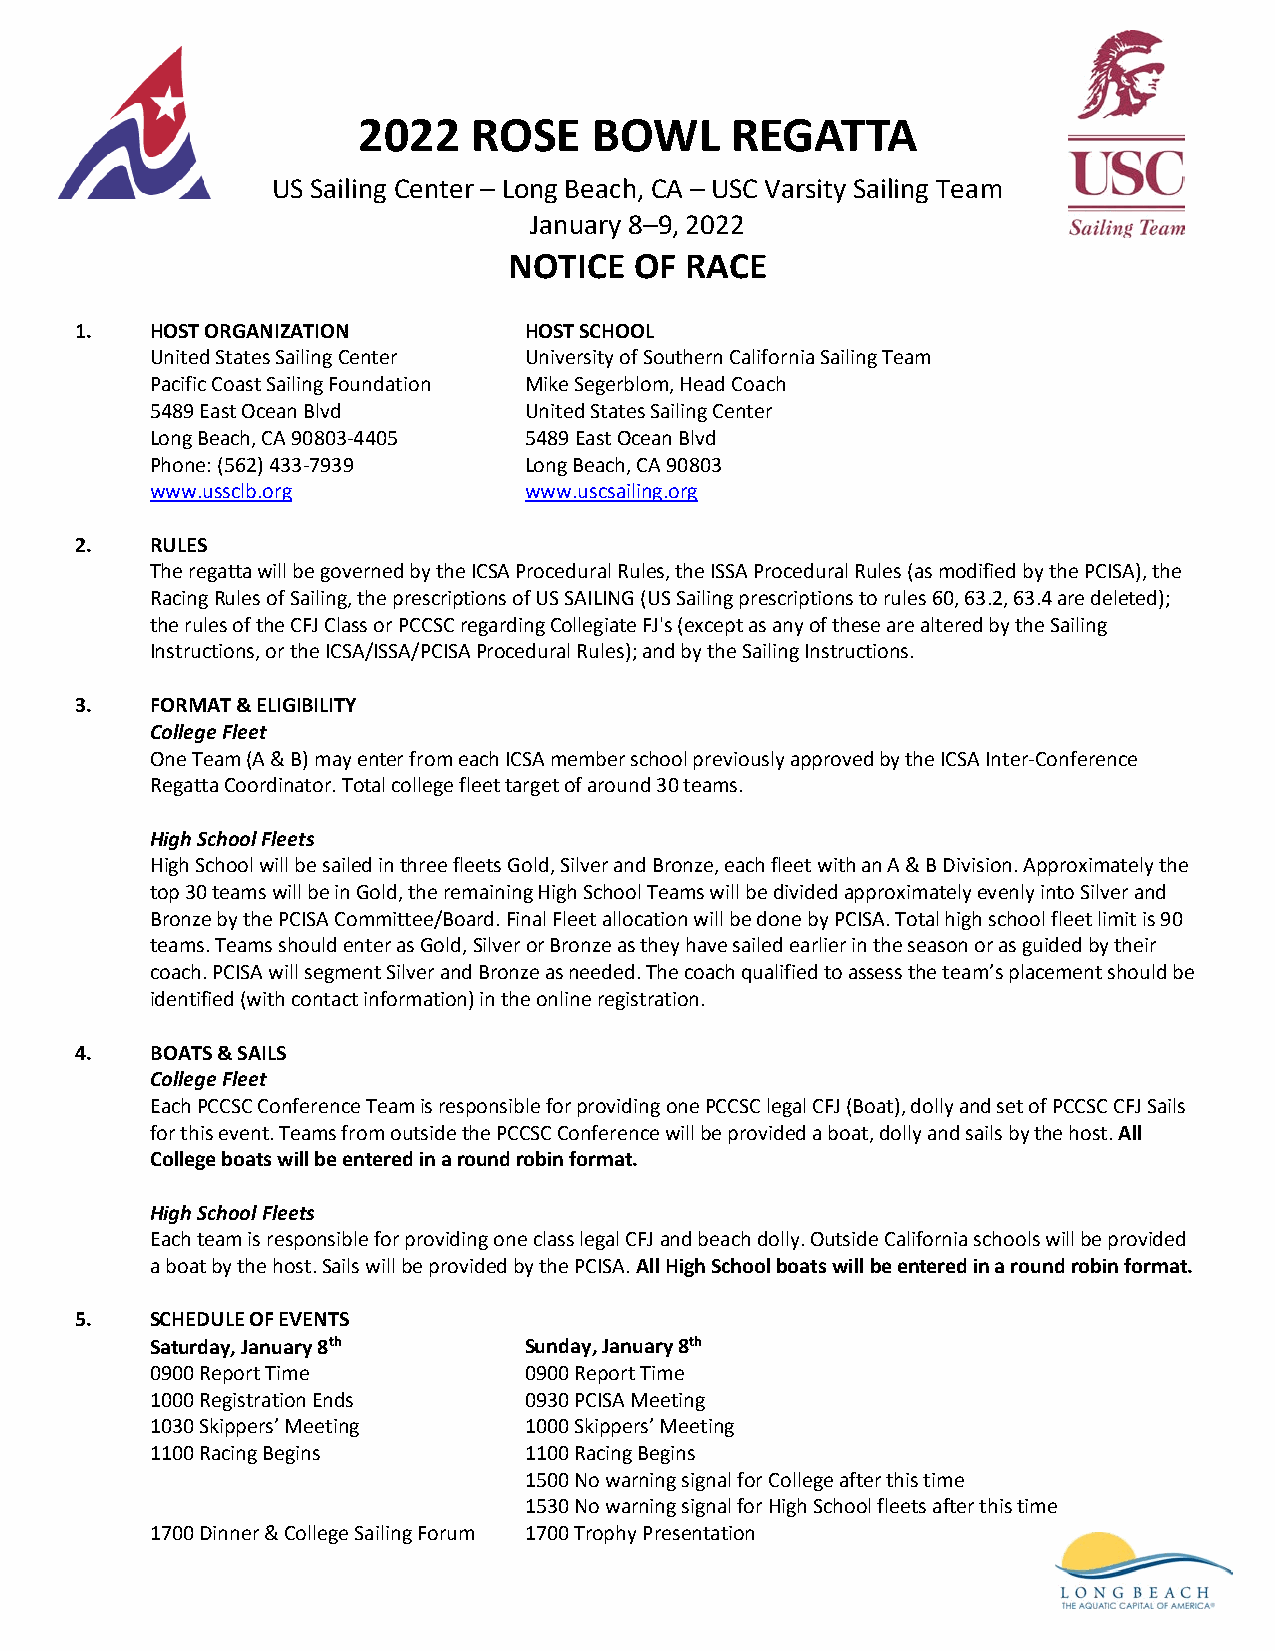
2022   ROSE    BOWL     REGATTA
 US Sailing Center – Long Beach, CA – USC Varsity Sailing Team
 January 8–9, 2022
 NOTICE  OF RACE
 1.   HOST ORGANIZATION        HOST SCHOOL
 United States Sailing Center University of Southern California Sailing Team
 Pacific Coast Sailing Foundation Mike Segerblom, Head Coach
 5489 East Ocean Blvd     United States Sailing Center
 Long Beach, CA 90803-4405 5489 East Ocean Blvd
 Phone: (562) 433-7939    Long Beach, CA 90803
 www.ussclb.org           www.uscsailing.org
 2.   RULES
 The regatta will be governed by the ICSA Procedural Rules, the ISSA Procedural Rules (as modified by the PCISA), the
 Racing Rules of Sailing, the prescriptions of US SAILING (US Sailing prescriptions to rules 60, 63.2, 63.4 are deleted);
 the rules of the CFJ Class or PCCSC regarding Collegiate FJ's (except as any of these are altered by the Sailing
 Instructions, or the ICSA/ISSA/PCISA Procedural Rules); and by the Sailing Instructions.
 3.   FORMAT & ELIGIBILITY
 College Fleet
 One Team (A & B) may enter from each ICSA member school previously approved by the ICSA Inter-Conference
 Regatta Coordinator. Total college fleet target of around 30 teams.
 High School Fleets
 High School will be sailed in three fleets Gold, Silver and Bronze, each fleet with an A & B Division. Approximately the
 top 30 teams will be in Gold, the remaining High School Teams will be divided approximately evenly into Silver and
 Bronze by the PCISA Committee/Board. Final Fleet allocation will be done by PCISA. Total high school fleet limit is 90
 teams. Teams should enter as Gold, Silver or Bronze as they have sailed earlier in the season or as guided by their
 coach. PCISA will segment Silver and Bronze as needed. The coach qualified to assess the team’s placement should be
 identified (with contact information) in the online registration.
 4.   BOATS & SAILS
 College Fleet
 Each PCCSC Conference Team is responsible for providing one PCCSC legal CFJ (Boat), dolly and set of PCCSC CFJ Sails
 for this event. Teams from outside the PCCSC Conference will be provided a boat, dolly and sails by the host. All
 College boats will be entered in a round robin format.
 High School Fleets
 Each team is responsible for providing one class legal CFJ and beach dolly. Outside California schools will be provided
 a boat by the host. Sails will be provided by the PCISA. All High School boats will be entered in a round robin format.
 5.   SCHEDULE OF EVENTS
 Saturday, January 8th    Sunday, January 8th
 0900 Report Time         0900 Report Time
 1000 Registration Ends   0930 PCISA Meeting
 1030 Skippers’ Meeting   1000 Skippers’ Meeting
 1100 Racing Begins       1100 Racing Begins
 1500 No warning signal for College after this time
 1530 No warning signal for High School fleets after this time
 1700 Dinner & College Sailing Forum 1700 Trophy Presentation